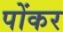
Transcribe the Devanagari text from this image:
पोंकर